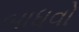
બાધવો